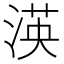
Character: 渶